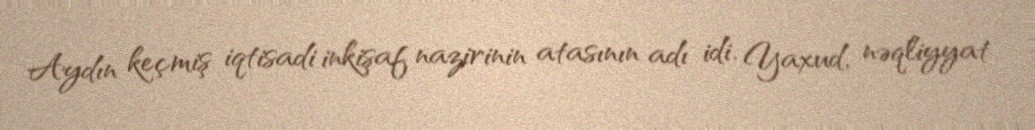
Aydın keçmiş iqtisadi inkişaf nazirinin atasının adı idi. Yaxud, nəqliyyat